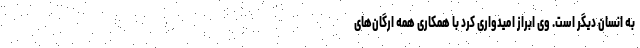
به انسان دیگر است. وی ابراز امیدواری کرد با همکاری همه ارگان‌های